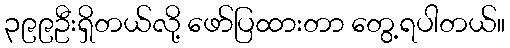
၃၉၉ဦးရှိတယ်လို့ ဖော်ပြထားတာ တွေ့ရပါတယ်။